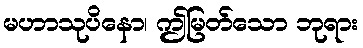
မဟာသုပိနော၊ ဤမြတ်သော ဘုရား